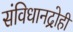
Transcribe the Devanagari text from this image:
संविधानद्रोही